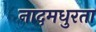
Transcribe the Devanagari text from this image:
नादमधुरता